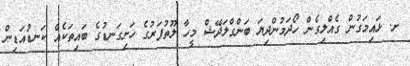
ށ. ޅައިމަގުން ގެއްލިގެން ހޯދަމުންދިޔަ ބަންގްލަދޭޝް މީހާ ލޫތުފަރުގެ ހަށިގަނޑުގެ ބައިތަކެއް ކަނޑުއަޑިން